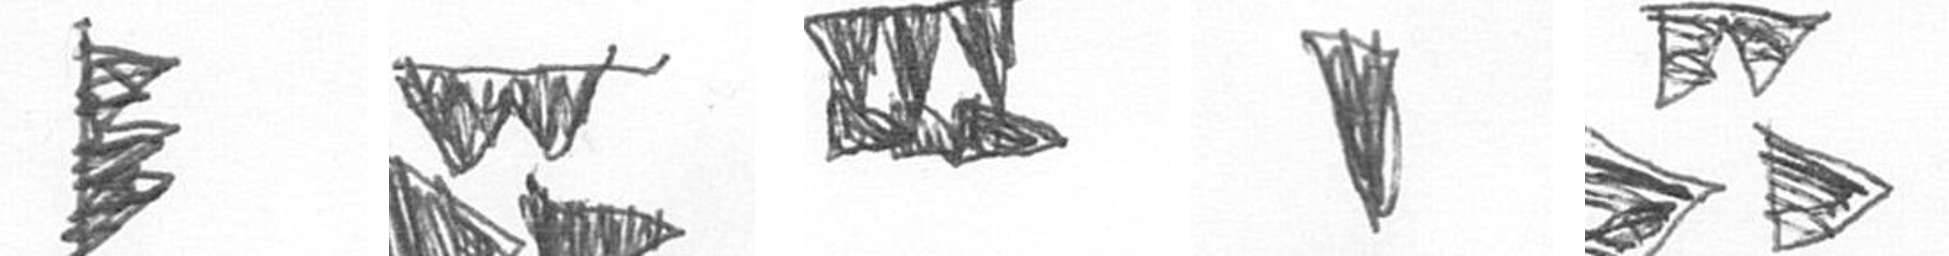
H B D J B